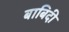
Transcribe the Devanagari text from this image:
बाबिदी